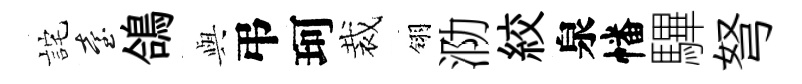
詫臺鴿𫤰弔珂裁翎泐絞泉幡驆弩